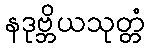
နဒုဗ္ဘိယသုတ္တံ